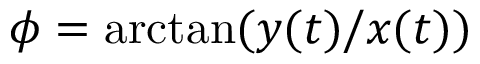
\phi = \arctan ( y ( t ) / x ( t ) )